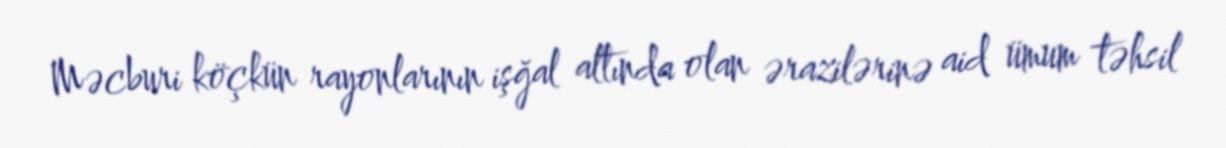
Məcburi köçkün rayonlarının işğal altında olan ərazilərinə aid ümum təhsil